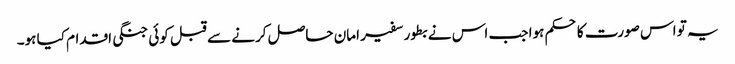
یہ تو اس صورت کا حکم ہوا جب اس نے بطور سفیر امان حاصل کرنے سے قبل کوئی جنگی اقدام کیا ہو۔